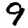
Digit: 9